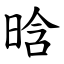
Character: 晗